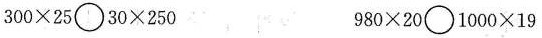
$$3 0 0 \times 2 5 \circ 3 0 \times 2 5 0$$ $$9 8 0 \times 2 0 \circ 1 0 0 0 \times 1 9$$